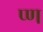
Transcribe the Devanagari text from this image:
प्ण